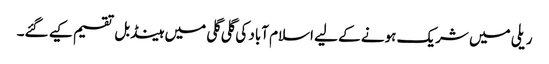
ریلی میں شریک ہونے کے لیے اسلام آباد کی گلی گلی میں ہینڈ بل تقسیم کیے گئے۔